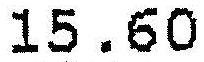
15.60